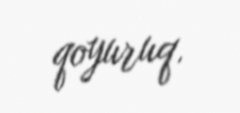
qoyuruq.